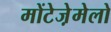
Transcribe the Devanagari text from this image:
मोंटेजे़मेलो